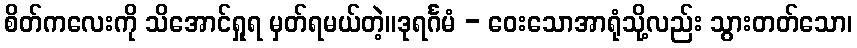
စိတ်ကလေးကို သိအောင်ရှုရ မှတ်ရမယ်တဲ့။ဒုရင်္ဂမံ - ဝေးသောအာရုံသို့လည်း သွားတတ်သော၊